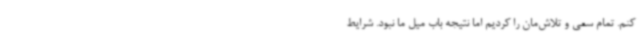
کنم. تمام سعی و تلاش‌مان را کردیم اما نتیجه باب میل ما نبود. شرایط